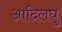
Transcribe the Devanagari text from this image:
आदिलघु